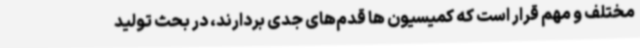
مختلف و مهم قرار است که کمیسیون ها قدم‌های جدی بردارند، در بحث تولید